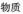
物质